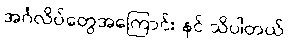
အင်္ဂလိပ်တွေအကြောင်း နင် သိပါတယ်